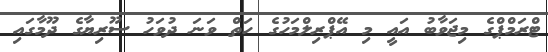
ޓްރަމްޕްގެ މިޖަވާބު އައީ މި އޭޕްރިލްމަހުގެ ހަތް ވަނަ ދުވަހު ސޫރިޔާގެ ދޫމާގައި